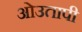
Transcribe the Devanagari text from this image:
ओउतापी